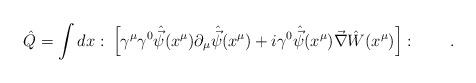
LaTeX: \begin{align*}\hat{Q}=\int dx \,\colon\left[\gamma^\mu\gamma^0\hat{\vec{\psi}}(x^\mu)\partial_\mu\hat{\vec{\psi}}(x^\mu)+i\gamma^0\hat{\vec{\psi}}(x^\mu)\vec{\nabla}\hat{W}(x^\mu)\right]\colon \qquad .\end{align*}